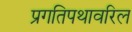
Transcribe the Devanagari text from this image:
प्रगतिपथावरिल